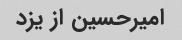
امیرحسین از یزد